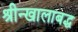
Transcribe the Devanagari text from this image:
श्रीन्खालाबद्ध